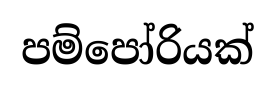
පම්පෝරියක්